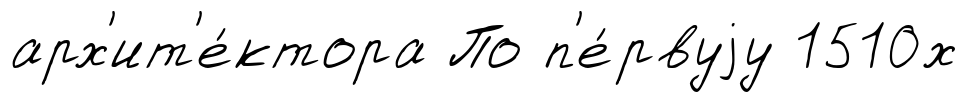
арх'ит'е́ктора По п'е́рвуjу 1510х